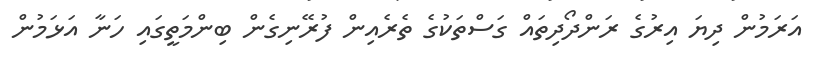
އަރަމުން ދިޔަ އިރުގެ ރަންދޯދިތައް ގަސްތަކުގެ ތެރެއިން ފުރޭނިގެން ބިންމަތީގައި ހަނާ އަޅަމުން